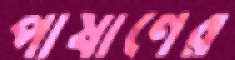
পাষাণের